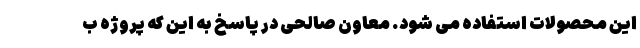
این محصولات استفاده می شود. معاون صالحی در پاسخ به این که پروژه ب